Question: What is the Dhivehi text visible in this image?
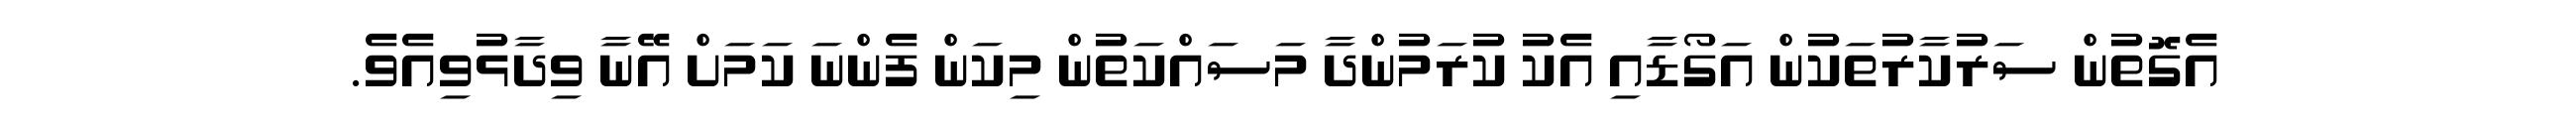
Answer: އެގޮތުން ސަރުކާރުތަކުން އަގޯޑާއި އެކު ކުރަމުންދާ މަސައްކަތުން މިކަން ފެންނަ ކަމަށް އޭނާ ވިދާޅުވިއެވެ.